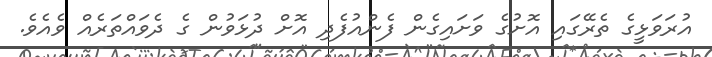
އުރަވަޅީގެ ތެރޭގައި އޮށުގެ ވަށައިގެން ފެންއުފެދި އޮށް ދުޅަވުން ގެ ދެވައްތަރެއް ވެއެވެ.